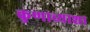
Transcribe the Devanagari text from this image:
कुणाच्याशा